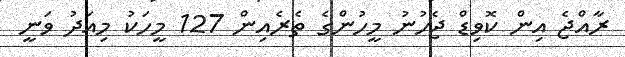
ރާއްޖެ އިން ކޮވިޑް ޖެހުނު މީހުންގެ ތެރެއިން 127 މީހަކު މިއަދު ވަނީ